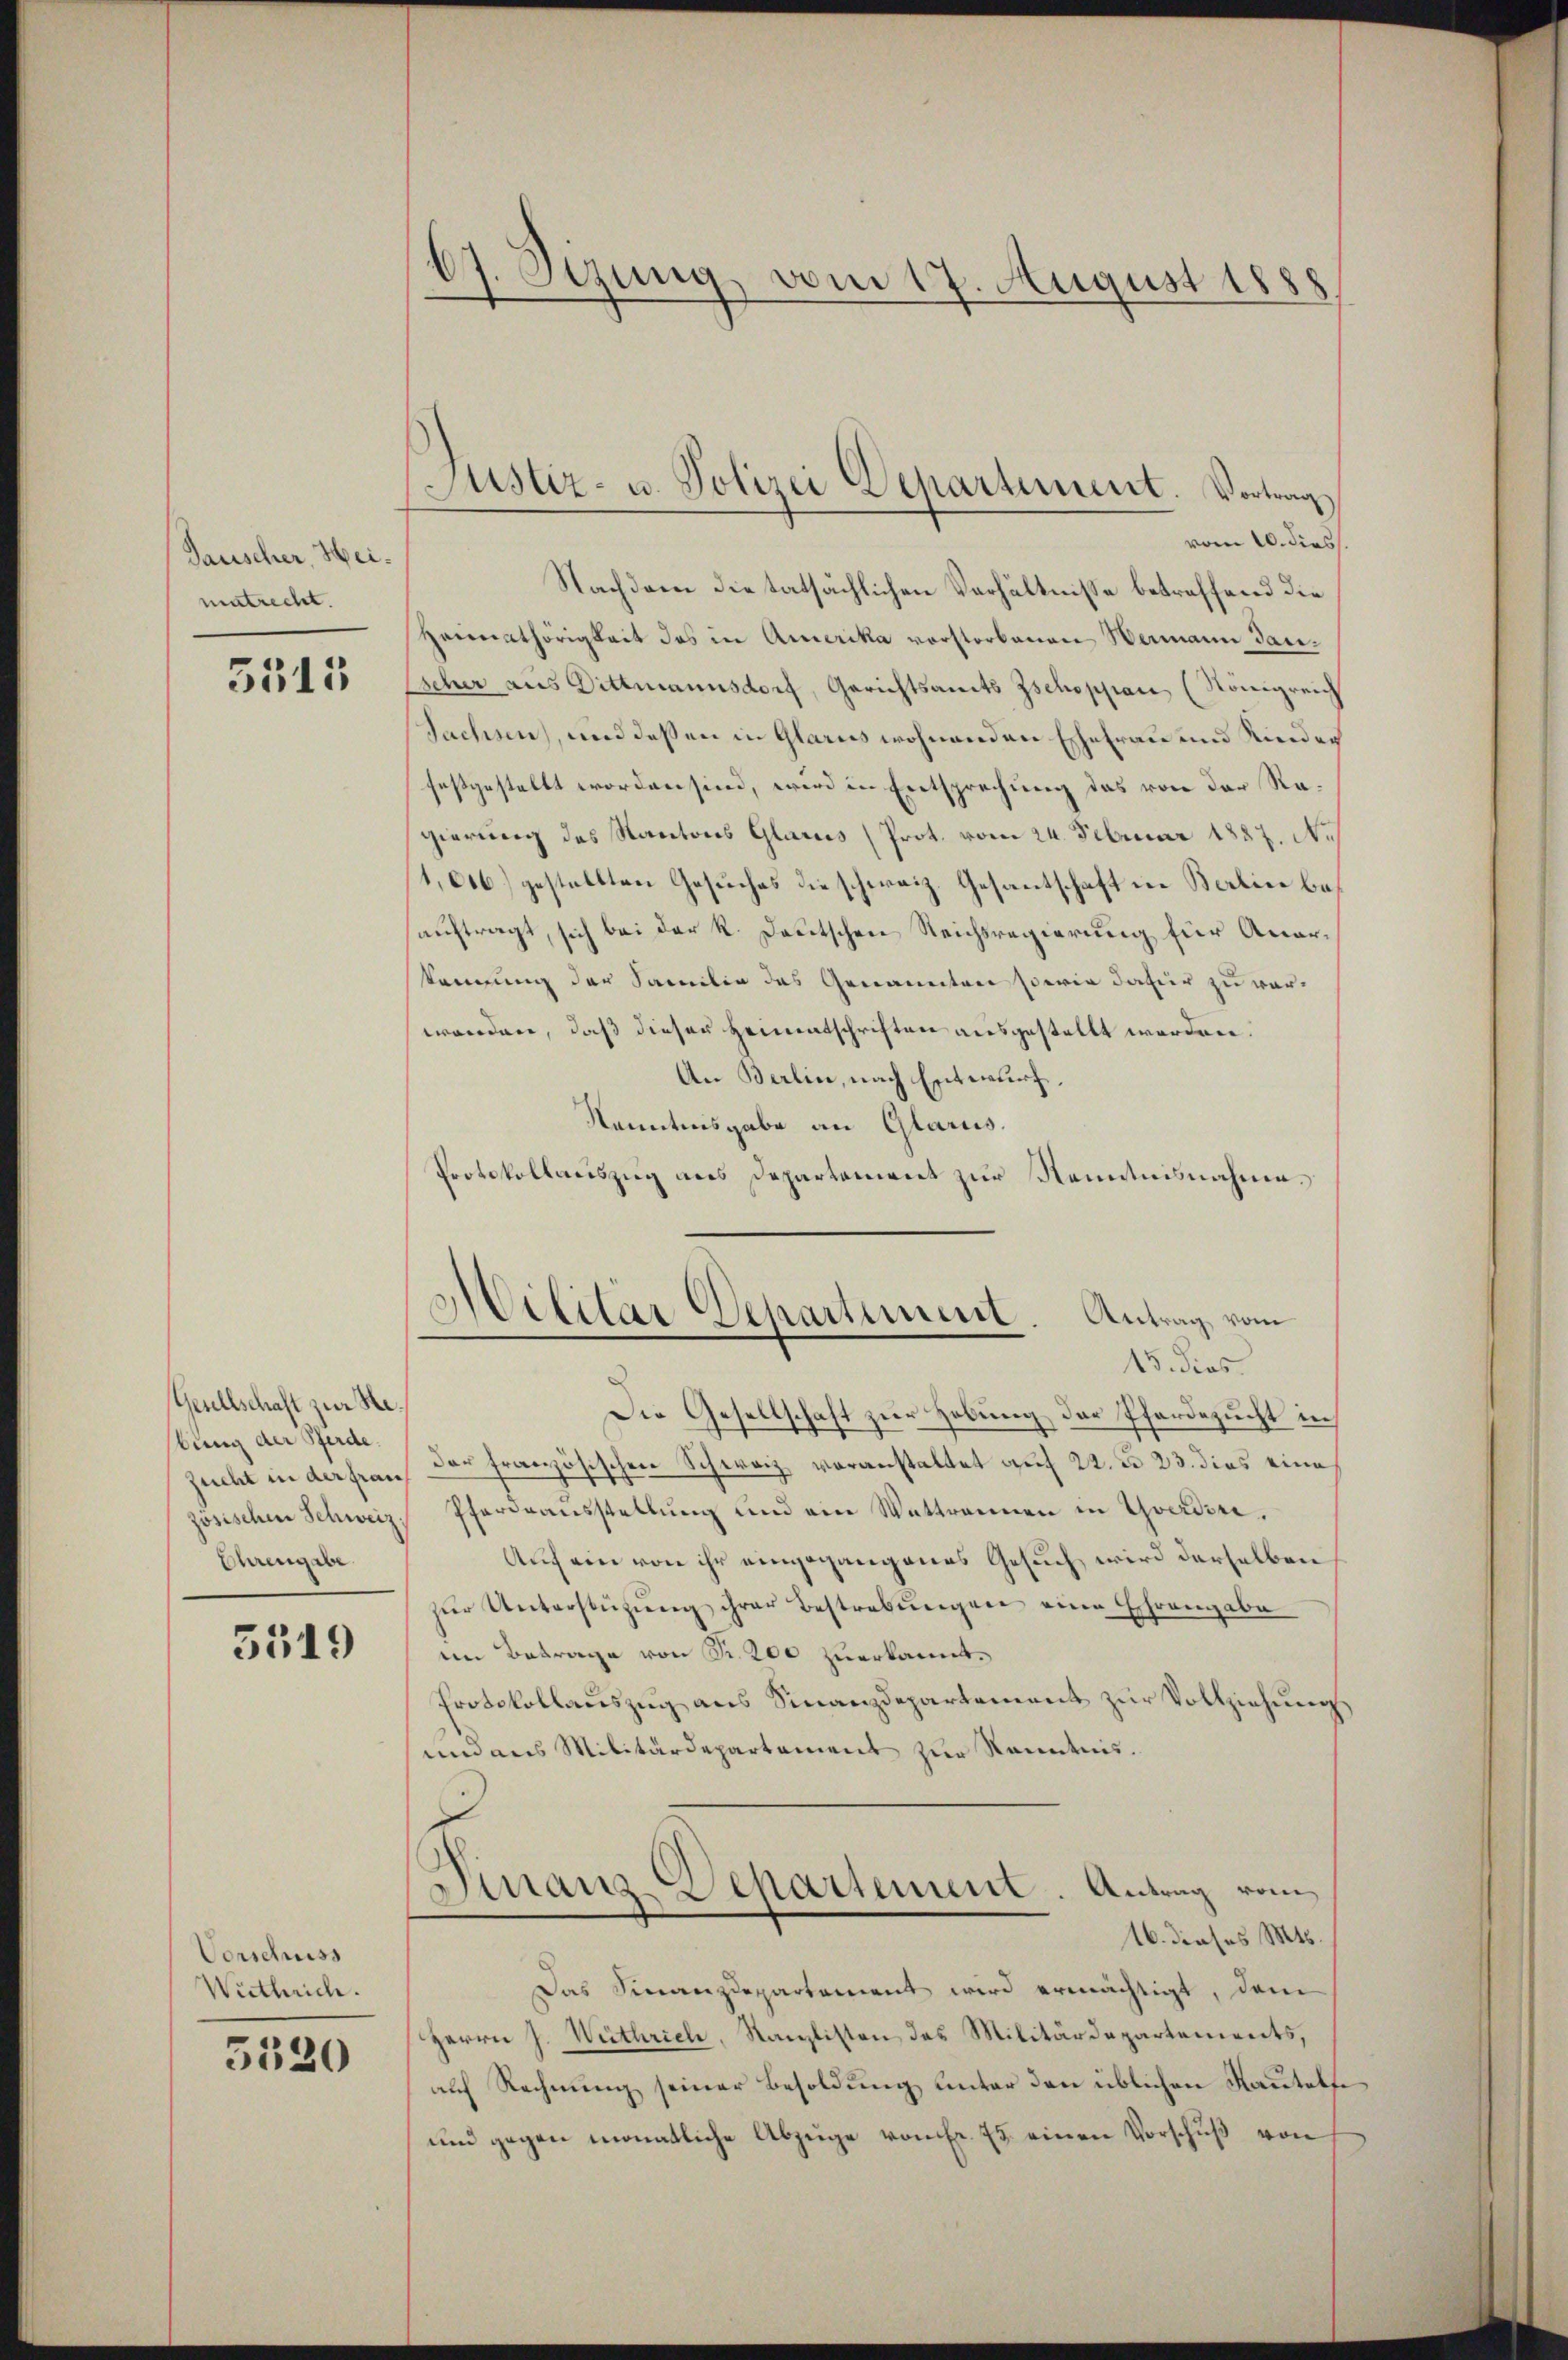
Tauscher, Heimatrecht.

3515

Gesellschaft zur Se
bung der Pferde.
Zucht in der Frau
zösischen Schweiz.
Ehrengabe

3549

Vorschuss
Wirthrich.

5520

67. Sezung vom 17. August 1888

Nachdem die tatsächlichen Verhältnisse betreffend die
Heimathörigkeit des in Amerika vorstorbenen Wermann Jauscher aus Dittmannsdorf, Gerichtsamts Zschoppan (Königreich
Sachen, und deßen in Glarus wohnenden Ehefrau und Rieder
festgestellt worden sind, wird in Entsprechung das von der Ragierung des Kantons Glarus (Prot. vom 24. Februar 1887. No
1,006) gestellten Gesuches die schweiz. Gesantschaft in Berlin beauftragt, sich bei der K. Deutschen Reichsregierung für Anarkennung der Familie des Genannten sowie dafür zu verworden, daß dieser Heimatschriften ausgestellt werden.
An Berlin, nach Entwurf.
Kenntnisgabe an Glarus.
Protokollauszug aus Departement zur Kenntnisnahme.

Justiz- u. Polizei Departement. Vortrag
vom 10. diess.

Hilitär Departement. Antrag vom
15. dies

Die Gesellschaft zur Hebung der Pferdezucht in
der französischen Schwarz voranstaltet auf 22. u. 23. dies eine
Pferdrausstellung und ein Wattrennen in Yverdini¬
Auf ein von ihr eingegangenes Gesuch, wird derselben
zŭr Unterstützŭng ihrer Bestrebŭngen eine Ehrengabe
en Betrage von Fr. 200 zuerkannt.
Protokollauszug aus Finanzdepartement zur Vollziehung
und aus Militärdepartement zur Kenntnis.
Finanz-Departement. Antrag vom
16. dieses Mts.
Das Finanzdepartement wird ermächtigt, dem
Herrn J. Wüthrich, Kanzlisten des Militärdepartements,
auf Rechnung seiner Besoldung unter den üblichen Rautethi
und gegen monatliche Abzüge von Fr. 25. einen Vorschuß von